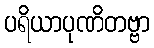
ပရိယာပုဏိတဗ္ဗာ